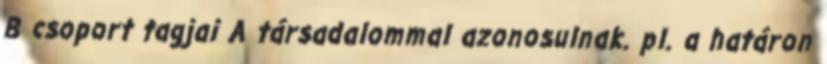
B csoport tagjai A társadalommal azonosulnak. pl. a határon